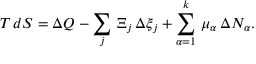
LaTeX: T \, d S = \Delta Q - \sum _ { j } \, \Xi _ { j } \, \Delta \xi _ { j } + \sum _ { \alpha = 1 } ^ { k } \, \mu _ { \alpha } \, \Delta N _ { \alpha } .